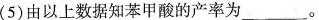
(5)由以上数据知苯甲酸的产率为___。